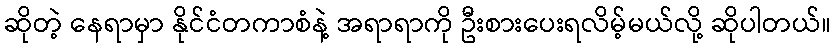
ဆိုတဲ့ နေရာမှာ နိုင်ငံတကာစံနဲ့ အရာရာကို ဦးစားပေးရလိမ့်မယ်လို့ ဆိုပါတယ်။